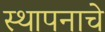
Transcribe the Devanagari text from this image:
स्थापनाचे